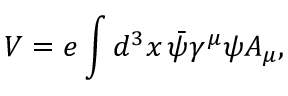
V = e \int d ^ { 3 } x \, { \bar { \psi } } \gamma ^ { \mu } \psi A _ { \mu } ,